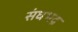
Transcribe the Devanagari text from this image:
संघभद्र